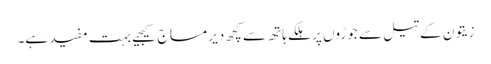
زیتون کے تیل سے جوڑوں پر ہلکے ہاتھ سے کچھ دیر مساج کیجیے بہت مفید ہے۔